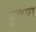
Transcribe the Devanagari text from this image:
वृचया